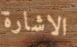
الاشارة